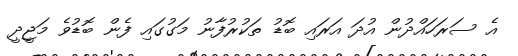
އެ ސަރަހައްދުން އުދަ އަރައި ބޮޑު ތަކުރުފާނު މަގުގައި ފެން ބޮޑުވެ މަޖީދީ